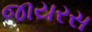
જાયરસ